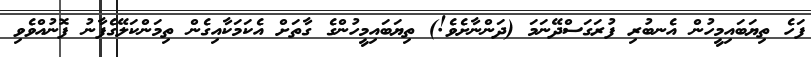
ފަހެ ތިޔަބައިމީހުން އެނބުރި ފުރަގަސްދޭނަމަ (ދަންނާށެވެ!) ތިޔަބައިމީހުންގެ ގާތަށް އެކަމަކާއިގެން ތިމަންކަލޭގެފާނު ފޮނުއްވެވި